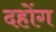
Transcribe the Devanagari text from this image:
दहोंग